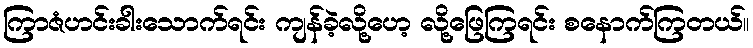
ကြာဇံဟင်းခါးသောက်ရင်း ကျန်ခဲ့လို့ဟေ့ လို့ဖြေကြရင်း စနောက်ကြတယ်။